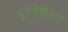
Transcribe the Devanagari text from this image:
मूस्तेरीयन